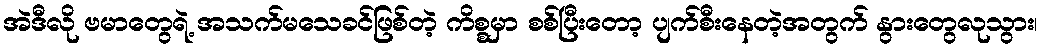
အဲဒီလို ဗမာတွေရဲ့ အသက်မသေခင်ဖြစ်တဲ့ ကိစ္စမှာ စစ်ပြီးတော့ ပျက်စီးနေတဲ့အတွက် နွားတွေလုသွား၊